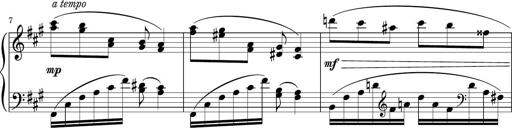
Title: Sonatina PandemÃ³nium
Composer: VÃ­ctor Carbajo
Key: C major